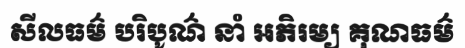
សីលធម៌ បរិបូណ៌ នាំ អភិរម្យ គុណធម៌